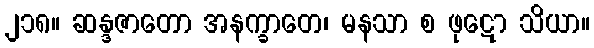
၂၁၈။ ဆန္ဒဇာတော အနက္ခာတေ၊ မနသာ စ ဖုဋော သိယာ။